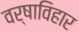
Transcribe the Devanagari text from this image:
वर्षाविहार